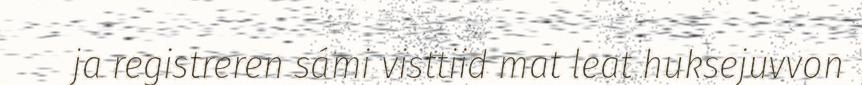
ja registreren sámi visttiid mat leat huksejuvvon